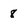
Character: 8